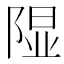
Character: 𫠃